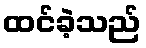
ထင်ခဲ့သည်